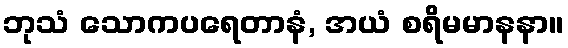
ဘုသံ သောကပရေတာနံ, အယံ စရိမမာနနာ။